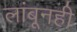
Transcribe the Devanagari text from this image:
लांबूनही